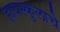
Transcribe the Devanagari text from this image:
हायस्कुलाचे